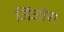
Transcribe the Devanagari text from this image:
जिंजोरा